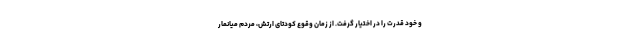
و خود قدرت را در اختیار گرفت. از زمان وقوع کودتای ارتش، مردم میانمار